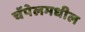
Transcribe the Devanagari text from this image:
चॅपेलमधील